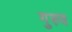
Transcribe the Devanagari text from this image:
गुरुव